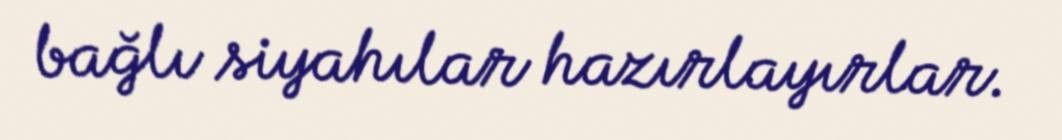
bağlı siyahılar hazırlayırlar.